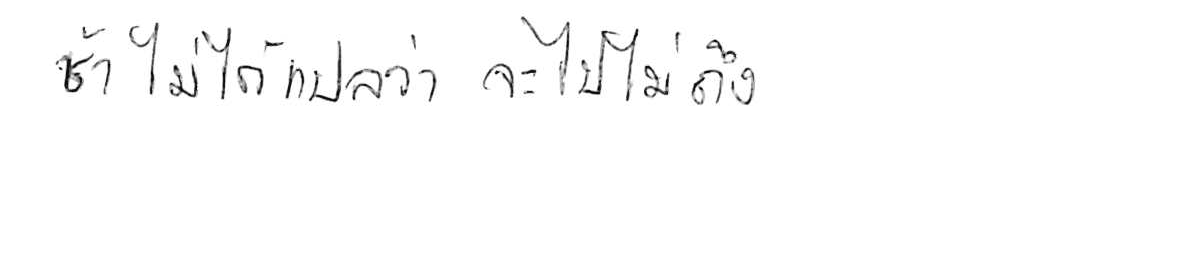
ช้า ไม่ได้แปลว่า จะไปไม่ถึง